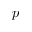
p